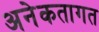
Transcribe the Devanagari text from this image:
अनेकतागत